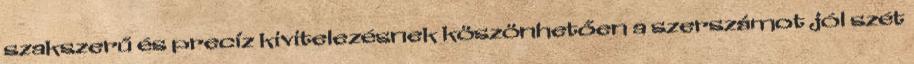
szakszerű és precíz kivitelezésnek köszönhetően a szerszámot jól szét